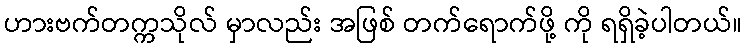
ဟားဗက်တက္ကသိုလ် မှာလည်း အဖြစ် တက်ရောက်ဖို့ ကို ရရှိခဲ့ပါတယ်။